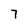
Character: 7